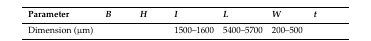
<table><thead><tr><td><b>Parameter</b></td><td><b><i>B</i></b></td><td><b><i>H</i></b></td><td><b><i>I</i></b></td><td><b><i>L</i></b></td><td><b><i>W</i></b></td><td><b><i>t</i></b></td></tr></thead><tbody><tr><td>Dimension (μm)</td><td>[EMPTY_CELL]</td><td>[EMPTY_CELL]</td><td>1500–1600</td><td>5400–5700</td><td>200–500</td><td>[EMPTY_CELL]</td></tr></tbody></table>